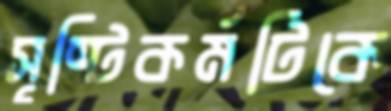
সৃষ্টিকর্মটিকে